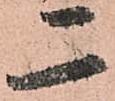
二